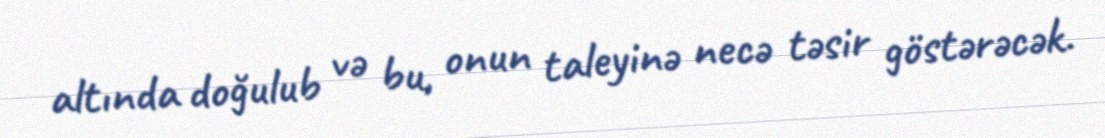
altında doğulub və bu, onun taleyinə necə təsir göstərəcək.